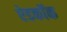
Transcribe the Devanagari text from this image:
ऐडकॉक